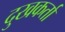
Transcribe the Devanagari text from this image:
दुखकर्ता